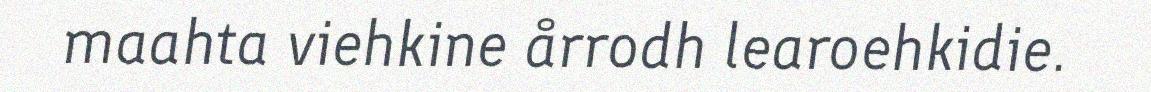
maahta viehkine årrodh learoehkidie.